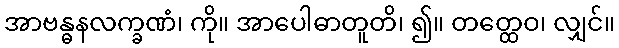
အာဗန္ဓနလက္ခဏံ၊ ကို။ အာပေါဓာတူတိ၊ ၍။ တတ္ထေဝ၊ လျှင်။